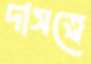
দাসত্বে